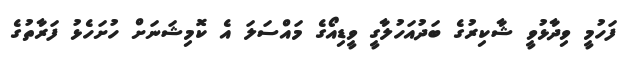
ފަހުމީ ވިދާޅުވީ ޝާކިރުގެ ބަދުއަހުލާގީ ވީޑިއޯގެ މައްސަލަ އެ ކޮމިޝަނަށް ހުށަހެޅު ފަރާތުގެ